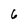
Character: 6